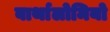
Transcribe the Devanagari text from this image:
बार्थालोमियो